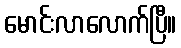
မောင်းလာလောက်ပြီ။